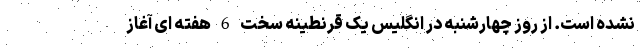
نشده است. از روز چهارشنبه در انگلیس یک قرنطینه سخت 6 هفته ای آغاز